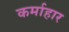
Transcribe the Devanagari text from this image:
कर्माहार